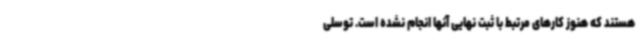
هستند که هنوز کارهای مرتبط با ثبت نهایی آنها انجام نشده است. توسلی